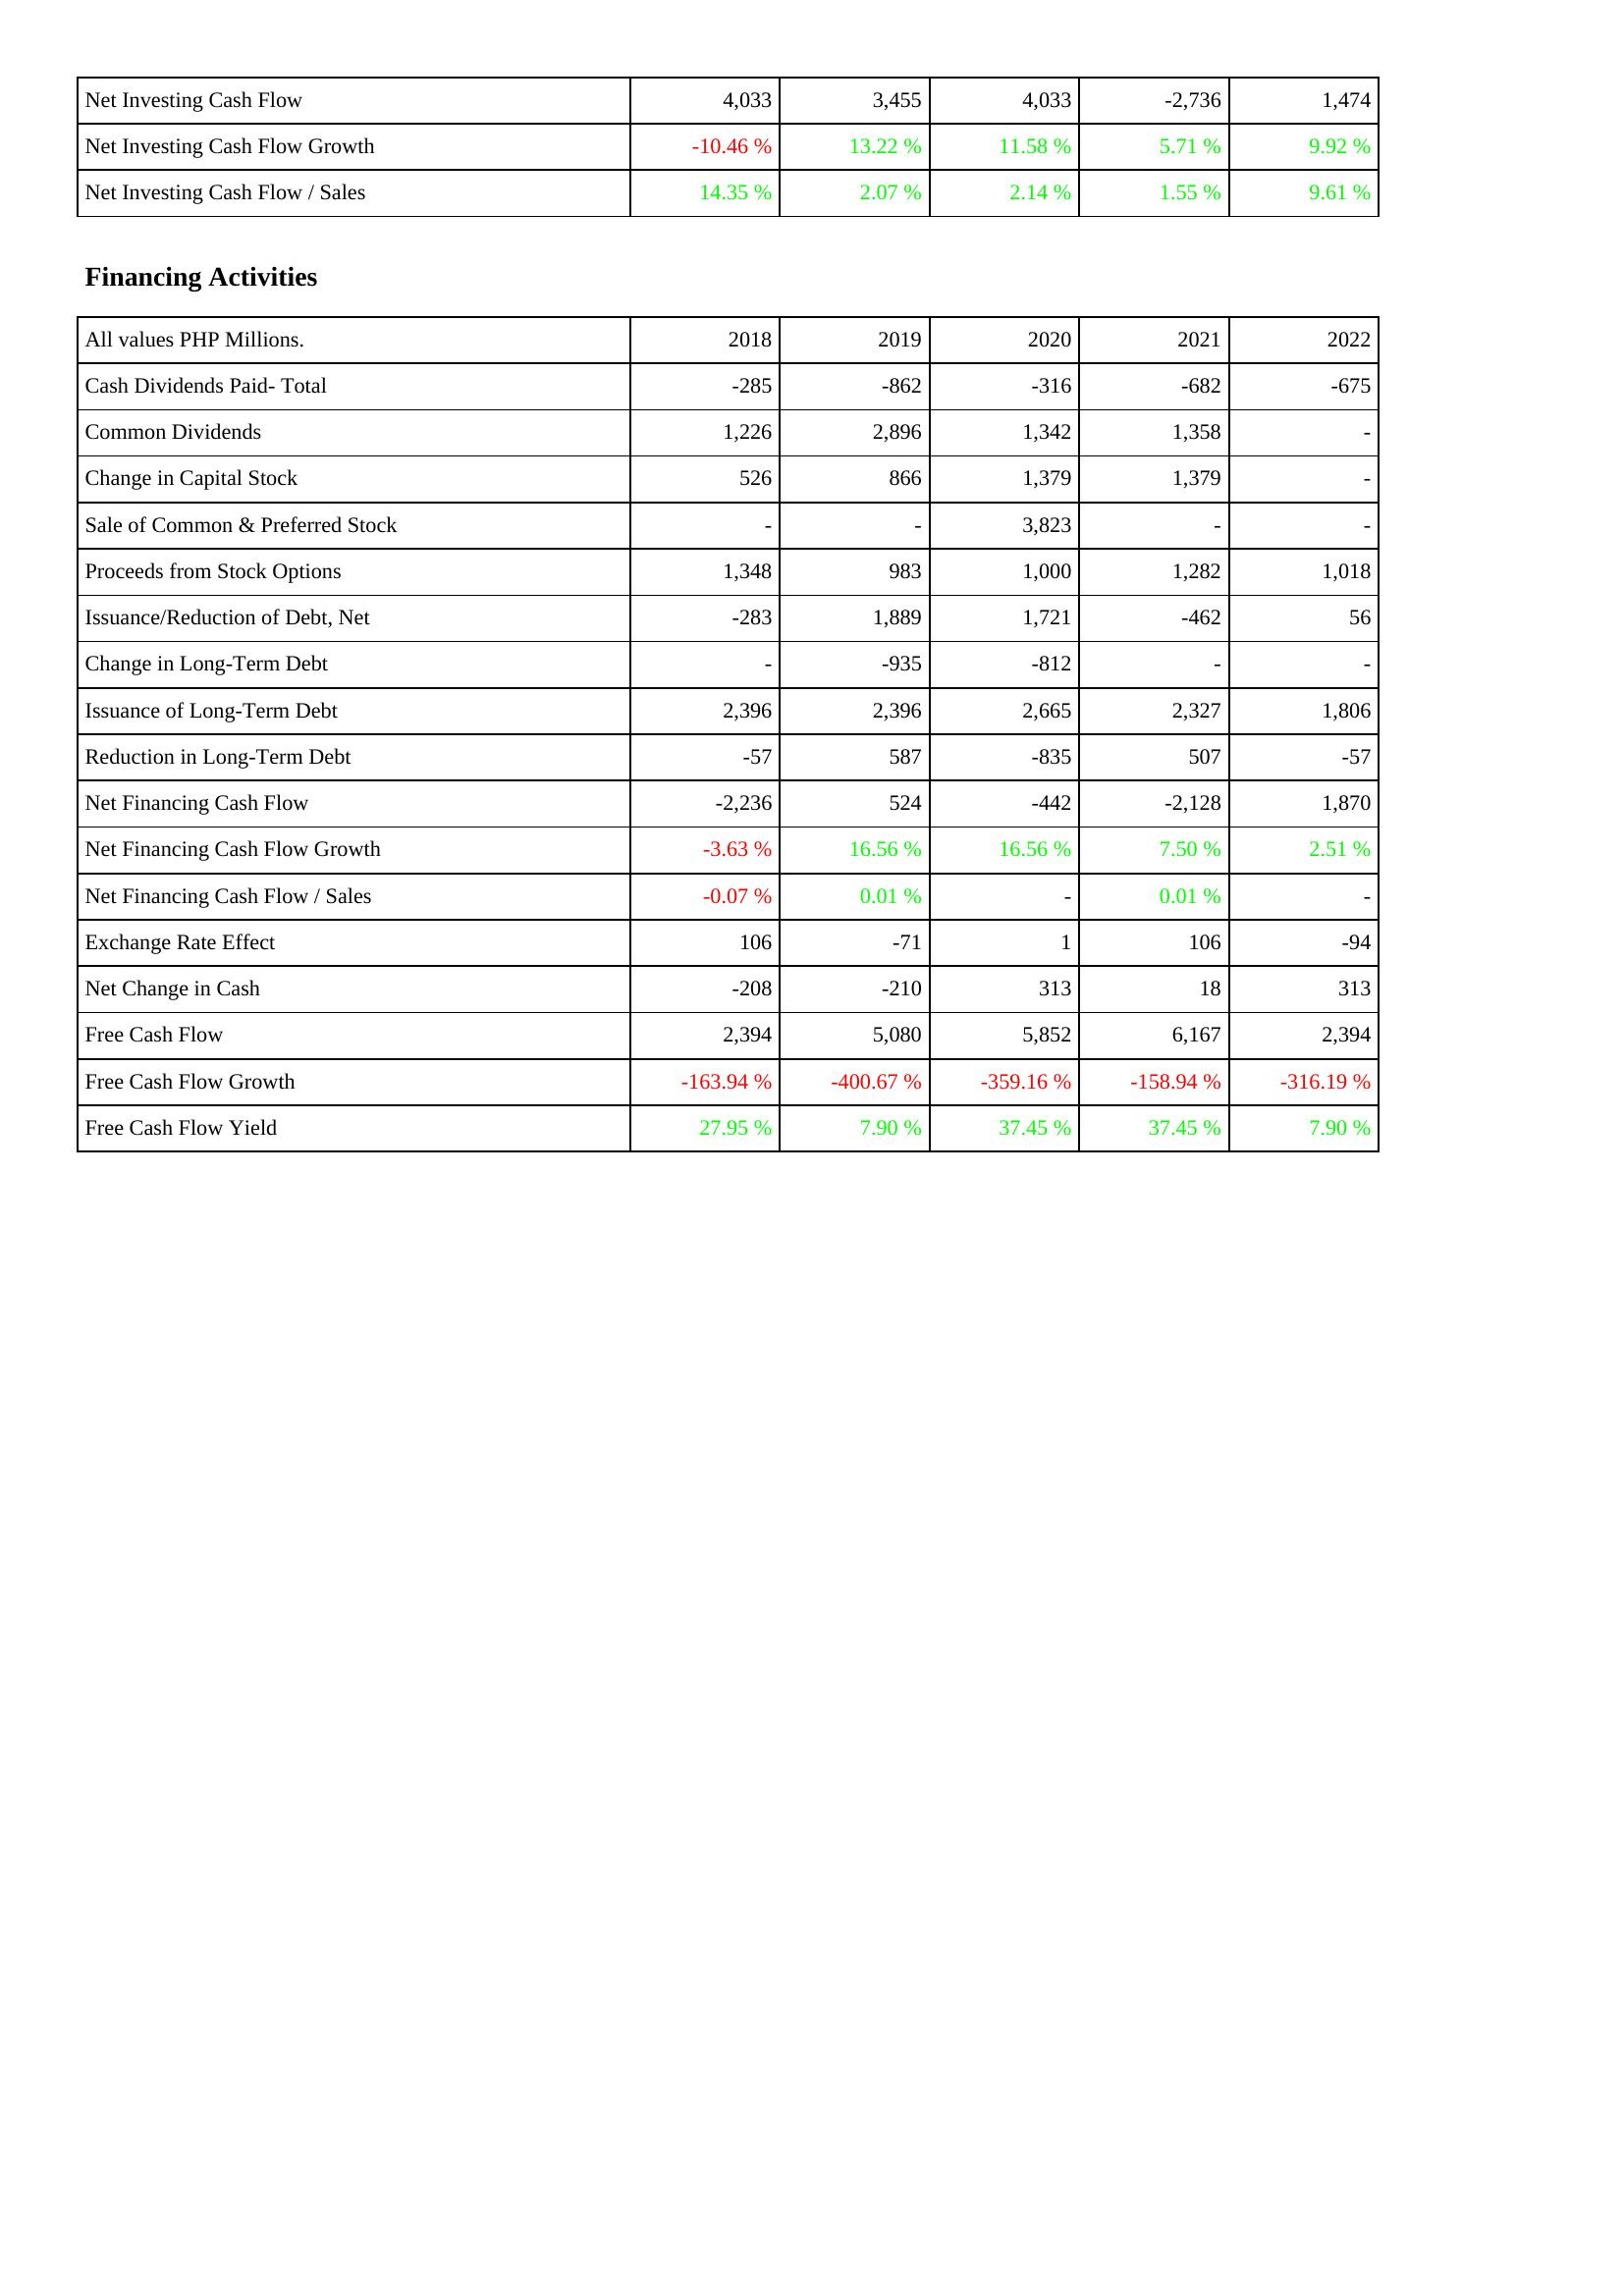
2018: Investing Activities: Net Investing Cash Flow: 4,033
Net Investing Cash Flow Growth: -10.46 %
Net Investing Cash Flow / Sales: 14.35 %
Financing Activities: Cash Dividends Paid- Total: -285
Common Dividends: 1,226
Change in Capital Stock: 526
Sale of Common & Preferred Stock: -
Proceeds from Stock Options: 1,348
Issuance/Reduction of Debt, Net: -283
Change in Long-Term Debt: -
Issuance of Long-Term Debt: 2,396
Reduction in Long-Term Debt: -57
Net Financing Cash Flow: -2,236
Net Financing Cash Flow Growth: -3.63 %
Net Financing Cash Flow / Sales: -0.07 %
Exchange Rate Effect: 106
Net Change in Cash: -208
Free Cash Flow: 2,394
Free Cash Flow Growth: -163.94 %
Free Cash Flow Yield: 27.95 %
2019: Investing Activities: Net Investing Cash Flow: 3,455
Net Investing Cash Flow Growth: 13.22 %
Net Investing Cash Flow / Sales: 2.07 %
Financing Activities: Cash Dividends Paid- Total: -862
Common Dividends: 2,896
Change in Capital Stock: 866
Sale of Common & Preferred Stock: -
Proceeds from Stock Options: 983
Issuance/Reduction of Debt, Net: 1,889
Change in Long-Term Debt: -935
Issuance of Long-Term Debt: 2,396
Reduction in Long-Term Debt: 587
Net Financing Cash Flow: 524
Net Financing Cash Flow Growth: 16.56 %
Net Financing Cash Flow / Sales: 0.01 %
Exchange Rate Effect: -71
Net Change in Cash: -210
Free Cash Flow: 5,080
Free Cash Flow Growth: -400.67 %
Free Cash Flow Yield: 7.90 %
2020: Investing Activities: Net Investing Cash Flow: 4,033
Net Investing Cash Flow Growth: 11.58 %
Net Investing Cash Flow / Sales: 2.14 %
Financing Activities: Cash Dividends Paid- Total: -316
Common Dividends: 1,342
Change in Capital Stock: 1,379
Sale of Common & Preferred Stock: 3,823
Proceeds from Stock Options: 1,000
Issuance/Reduction of Debt, Net: 1,721
Change in Long-Term Debt: -812
Issuance of Long-Term Debt: 2,665
Reduction in Long-Term Debt: -835
Net Financing Cash Flow: -442
Net Financing Cash Flow Growth: 16.56 %
Net Financing Cash Flow / Sales: -
Exchange Rate Effect: 1
Net Change in Cash: 313
Free Cash Flow: 5,852
Free Cash Flow Growth: -359.16 %
Free Cash Flow Yield: 37.45 %
2021: Investing Activities: Net Investing Cash Flow: -2,736
Net Investing Cash Flow Growth: 5.71 %
Net Investing Cash Flow / Sales: 1.55 %
Financing Activities: Cash Dividends Paid- Total: -682
Common Dividends: 1,358
Change in Capital Stock: 1,379
Sale of Common & Preferred Stock: -
Proceeds from Stock Options: 1,282
Issuance/Reduction of Debt, Net: -462
Change in Long-Term Debt: -
Issuance of Long-Term Debt: 2,327
Reduction in Long-Term Debt: 507
Net Financing Cash Flow: -2,128
Net Financing Cash Flow Growth: 7.50 %
Net Financing Cash Flow / Sales: 0.01 %
Exchange Rate Effect: 106
Net Change in Cash: 18
Free Cash Flow: 6,167
Free Cash Flow Growth: -158.94 %
Free Cash Flow Yield: 37.45 %
2022: Investing Activities: Net Investing Cash Flow: 1,474
Net Investing Cash Flow Growth: 9.92 %
Net Investing Cash Flow / Sales: 9.61 %
Financing Activities: Cash Dividends Paid- Total: -675
Common Dividends: -
Change in Capital Stock: -
Sale of Common & Preferred Stock: -
Proceeds from Stock Options: 1,018
Issuance/Reduction of Debt, Net: 56
Change in Long-Term Debt: -
Issuance of Long-Term Debt: 1,806
Reduction in Long-Term Debt: -57
Net Financing Cash Flow: 1,870
Net Financing Cash Flow Growth: 2.51 %
Net Financing Cash Flow / Sales: -
Exchange Rate Effect: -94
Net Change in Cash: 313
Free Cash Flow: 2,394
Free Cash Flow Growth: -316.19 %
Free Cash Flow Yield: 7.90 %